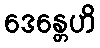
ဒေန္တေဟိ